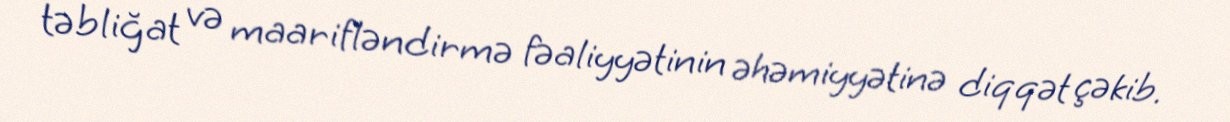
təbliğat və maarifləndirmə fəaliyyətinin əhəmiyyətinə diqqət çəkib.